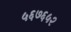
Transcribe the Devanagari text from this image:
५६७६५२